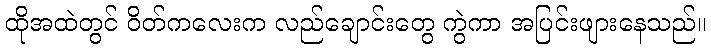
ထိုအထဲတွင် ဝိတ်ကလေးက လည်ချောင်းတွေ ကွဲကာ အပြင်းဖျားနေသည်။